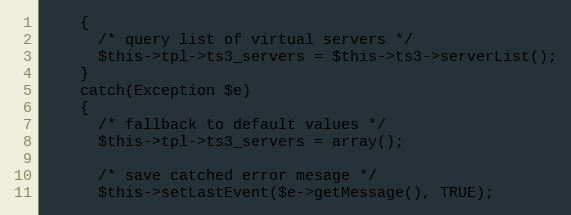
Language: PHP
    {
      /* query list of virtual servers */
      $this->tpl->ts3_servers = $this->ts3->serverList();
    }
    catch(Exception $e)
    {
      /* fallback to default values */
      $this->tpl->ts3_servers = array();

      /* save catched error mesage */
      $this->setLastEvent($e->getMessage(), TRUE);